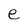
Character: e